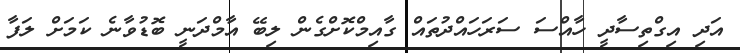
އަދި އިގްތިސާދީ ހާއްސަ ސަރަހައްދުތައް ގާއިމްކޮށްގެން ލިބޭ އާމްދަނީ ބޮޑުވާނެ ކަމަށް ލަފާ